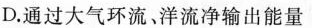
D.通过大气环流，洋流净输出能量